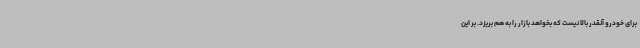
برای خودرو آنقدر بالا نیست که بخواهد بازار را به هم بریزد. بر این